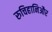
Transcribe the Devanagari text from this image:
रुचिहानिऔर